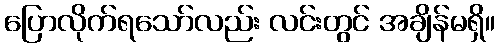
ပြောလိုက်ရသော်လည်း လင်းတွင် အချိန်မရှိ။